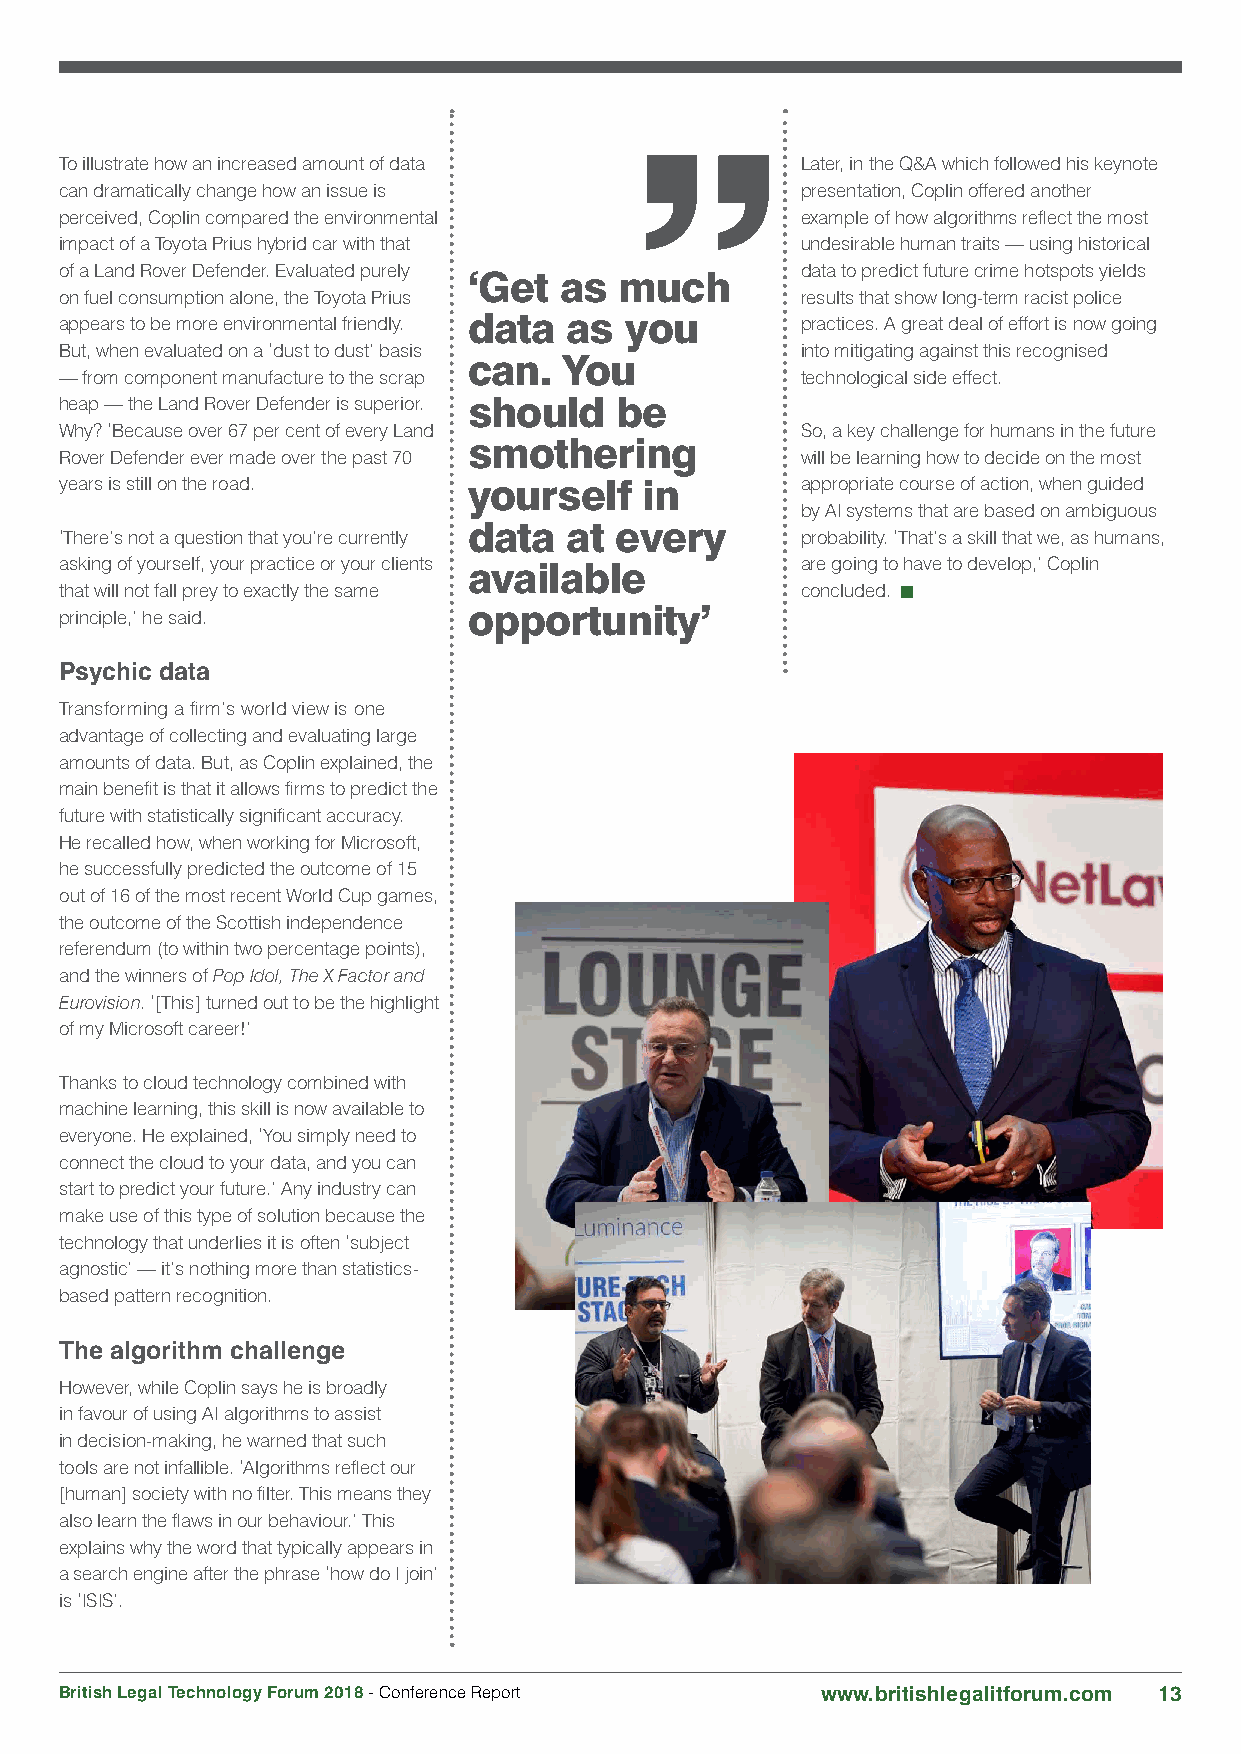
To illustrate how an increased amount of data    Later, in the Q&A which followed his keynote
 can dramatically change how an issue is          presentation, Coplin offered another
 perceived, Coplin compared the environmental     example of how algorithms reflect the most
 impact of a Toyota Prius hybrid car with that    undesirable human traits — using historical
 of a Land Rover Defender. Evaluated purely       data to predict future crime hotspots yields
 ‘Get  as  much
 on fuel consumption alone, the Toyota Prius      results that show long-term racist police
 appears to be more environmental friendly. data as you practices. A great deal of effort is now going
 But, when evaluated on a ‘dust to dust’ basis    into mitigating against this recognised
 can.  You
 — from component manufacture to the scrap        technological side effect.
 heap — the Land Rover Defender is superior. should be
 Why? ‘Because over 67 per cent of every Land     So, a key challenge for humans in the future
 smothering
 Rover Defender ever made over the past 70        will be learning how to decide on the most
 years is still on the road. yourself  in         appropriate course of action, when guided
 by AI systems that are based on ambiguous
 data  at  every
 ‘There’s not a question that you’re currently    probability. ‘That’s a skill that we, as humans,
 asking of yourself, your practice or your clients available are going to have to develop,’ Coplin
 that will not fall prey to exactly the same      concluded.
 principle,’ he said.       opportunity’
 Psychic data
 Transforming a firm’s world view is one
 advantage of collecting and evaluating large
 amounts of data. But, as Coplin explained, the
 main benefit is that it allows firms to predict the
 future with statistically significant accuracy.
 He recalled how, when working for Microsoft,
 he successfully predicted the outcome of 15
 out of 16 of the most recent World Cup games,
 the outcome of the Scottish independence
 referendum (to within two percentage points),
 and the winners of Pop Idol, The X Factor and
 Eurovision. ‘[This] turned out to be the highlight
 of my Microsoft career!’
 Thanks to cloud technology combined with
 machine learning, this skill is now available to
 everyone. He explained, ‘You simply need to
 connect the cloud to your data, and you can
 start to predict your future.’ Any industry can
 make use of this type of solution because the
 technology that underlies it is often ‘subject
 agnostic’ — it’s nothing more than statistics-
 based pattern recognition.
 The algorithm challenge
 However, while Coplin says he is broadly
 in favour of using AI algorithms to assist
 in decision-making, he warned that such
 tools are not infallible. ‘Algorithms reflect our
 [human] society with no filter. This means they
 also learn the flaws in our behaviour.’ This
 explains why the word that typically appears in
 a search engine after the phrase ‘how do I join’
 is ‘ISIS’.
 British Legal Technology Forum 2018 - Conference Report www.britishlegalitforum.com 13